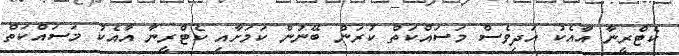
ކެޓްރީނާ އާއެކު އަދިވެސް މަސައްކަތް ކުރަން ބޭނުން ކަމަށާއި ކެޓްރީނާ އާއެކު މަސައްކަތް